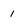
Character: 1